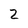
Character: 2